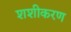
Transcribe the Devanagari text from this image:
शशीकरण